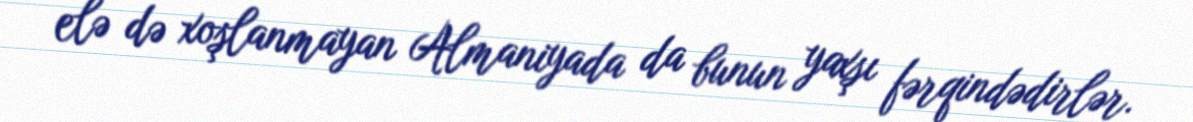
elə də xoşlanmayan Almaniyada da bunun yaxşı fərqindədirlər.